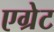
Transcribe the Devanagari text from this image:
एग्रेट